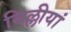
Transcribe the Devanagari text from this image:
बिल्लीयां